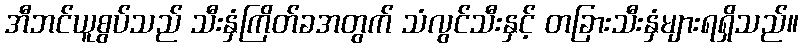
အီဘင်ယူစွပ်သည် သီးနှံကြိတ်ခအတွက် သံလွင်သီးနှင့် တခြားသီးနှံများရရှိသည်။